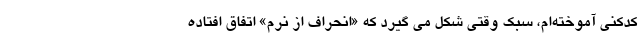
کدکنی آموخته‌ام، سبک وقتی شکل می گیرد که «انحراف از نُرم» اتفاق افتاده